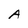
Character: A